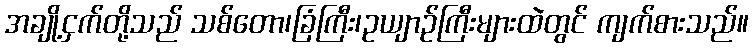
အချို့ငှက်တို့သည် သစ်တော၊ခြံကြီး၊ဥယျာဉ်ကြီးများထဲတွင် ကျက်စားသည်။